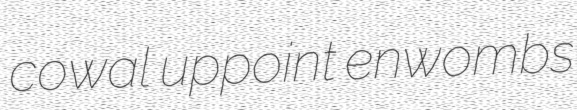
cowal uppoint enwombs